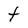
Character: t